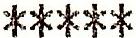
*****